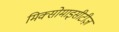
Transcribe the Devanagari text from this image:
मिक्सोमाइसीटीज़